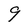
Character: 9